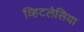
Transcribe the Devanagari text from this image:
व्हिटलेसिया